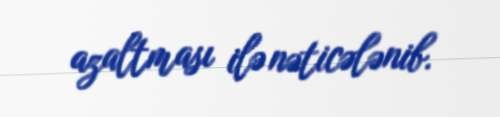
azaltması ilə nəticələnib.